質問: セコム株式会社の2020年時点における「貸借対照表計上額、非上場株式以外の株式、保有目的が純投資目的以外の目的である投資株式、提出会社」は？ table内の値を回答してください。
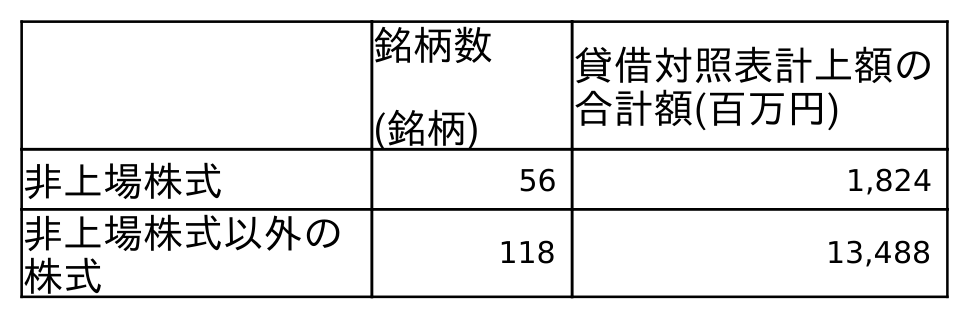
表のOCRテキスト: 銘柄数 (銘柄) 貸借対照表計上額の 合計額(百万円) 非上場株式 56 1,824 非上場株式以外の 株式 118 13,488
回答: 13,488